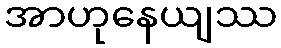
အာဟုနေယျဿ